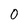
Character: 0